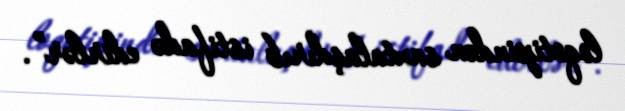
loqotipindən saxtalaşdırıb istifadə edirlər”.